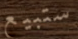
ستبيع